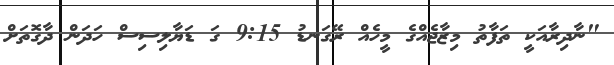
"ނާދިރާއަކީ ތަފާތު މިޒާޖެއްގެ މީހެއް ރޭގަނޑު 9:15 ގަ ޑަޔާލިސިސް ހަދަން ދާގޮތަށް